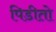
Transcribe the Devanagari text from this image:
पिडीतो